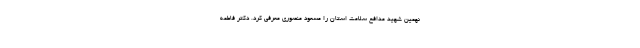
نهمین شهید مدافع سلامت استان را مسعود منصوری معرفی کرد. دکتر فاطمه